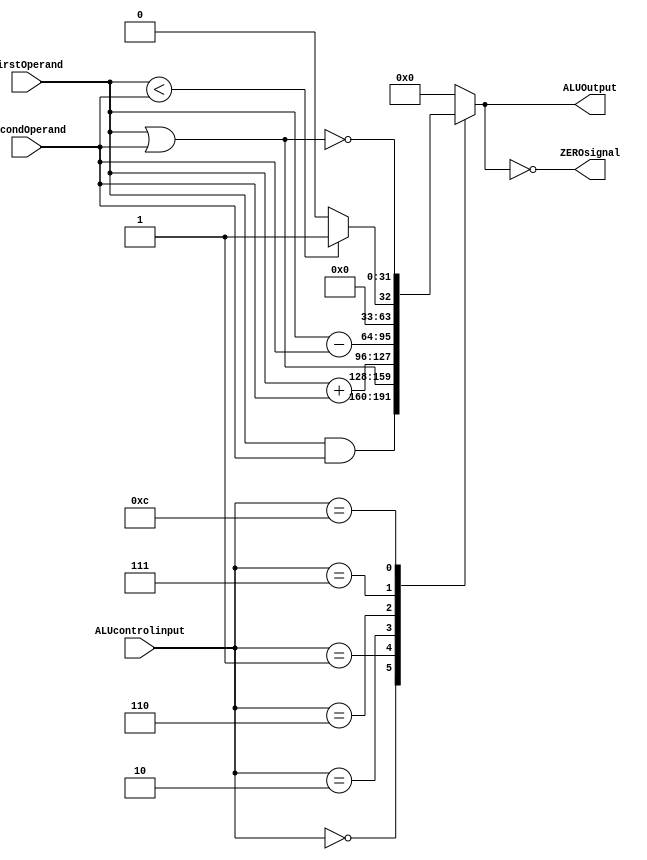
module ALU(ALUOutput,ZEROsignal,ALUcontrolinput,FirstOperand,SecondOperand);
input [3:0] ALUcontrolinput;
input [31:0] FirstOperand,SecondOperand;
output [31:0] ALUOutput;
output ZEROsignal;
reg ALUOutput;
assign ZEROsignal = (ALUOutput == 0);
always @(ALUcontrolinput,FirstOperand,SecondOperand)
 begin
    case (ALUcontrolinput)
	   0: ALUOutput <= FirstOperand & SecondOperand;
	   1: ALUOutput <= FirstOperand | SecondOperand;
	   2: ALUOutput <= FirstOperand + SecondOperand;
	   6: ALUOutput <= FirstOperand - SecondOperand;
	   7: ALUOutput <= (FirstOperand < SecondOperand) ? 1 : 0;
	   12: ALUOutput <= ~(FirstOperand | SecondOperand);
	   default: ALUOutput <= 0;
	endcase;
  end	
endmodule